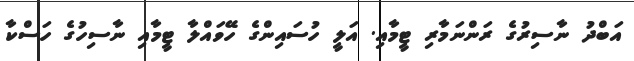
އަބްދު ނާސިރުގެ ރަންނަމާރި ޓީމާއި. އަލީ ހުސައިންގެ ހޭވައްލާ ޓީމާއި ނާސިހުގެ ހަސްކާ